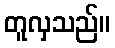
တူလှသည်။